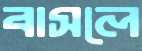
বাসলে